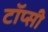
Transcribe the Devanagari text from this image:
टॉप्सी